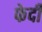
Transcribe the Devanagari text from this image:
फेदी